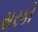
સરકો